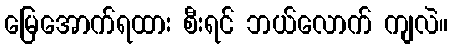
မြေအောက်ရထား စီးရင် ဘယ်လောက် ကျလဲ။